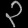
Digit: ၃